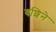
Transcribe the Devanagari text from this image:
वशिने